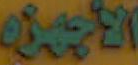
الأجهزه